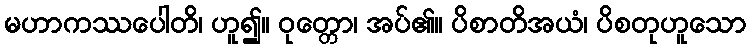
မဟာကဿပေါတိ၊ ဟူ၍။ ဝုတ္တော၊ အပ်၏။ ပိစာတိအယံ၊ ပိစတုဟူသော